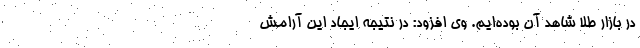
در بازار طلا شاهد آن بوده‌ایم. وی افزود: در نتیجه ایجاد این آرامش